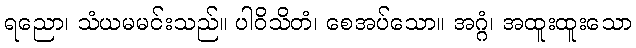
ရညော၊ သံယမမင်းသည်။ ပါဝိသိတံ၊ စေအပ်သော။ အဂ္ဂံ၊ အထူးထူးသော